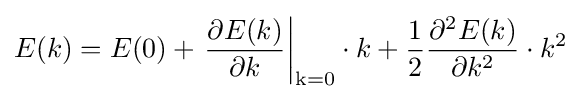
E(k)=E(0)+\left.{\frac {\partial E(k)}{\partial k}}\right|_{\mathrm {k=0} }\cdot k+{\frac {1}{2}}{\frac {\partial ^{2}E(k)}{\partial k^{2}}}\cdot k^{2}